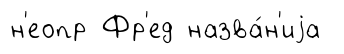
н'еопр Фр'ед назва́н'иjа